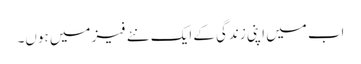
اب میں اپنی زندگی کے ایک نئے فیز میں ہوں۔